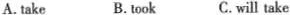
A. take B. took C.will take